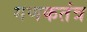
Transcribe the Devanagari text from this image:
गणकतंत्र